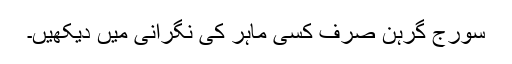
سورج گرہن صرف کسی ماہر کی نگرانی میں دیکھیں۔